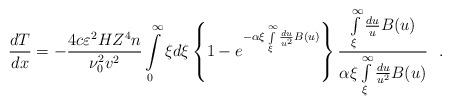
LaTeX: \begin{align*}\frac{dT}{dx} = - \frac{4c\varepsilon ^2HZ^4n}{\nu _0 ^2v ^2}\int\limits_0^\infty \xi d\xi \left\{ 1 - e^{ - \alpha \xi \int\limits_{\xi }^\infty \frac{du}{u^2} B( u )} \right\} \frac{\int\limits_\xi ^\infty \frac{du}{u} B( u )}{\alpha \xi \int\limits_\xi ^\infty \frac{du}{u^2} B( u )} ~~.\end{align*}